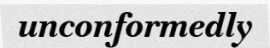
unconformedly